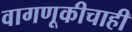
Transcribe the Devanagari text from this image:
वागणूकीचाही